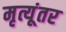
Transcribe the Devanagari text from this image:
मृत्यूंतर